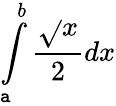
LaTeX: \int\limits_{\mathtt{a}}^{b}\frac{{\sqrt{}{{x}}}}{{2}}dx